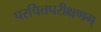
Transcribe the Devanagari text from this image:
परचित्तपरीक्षणम्‌